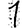
Digit: 1